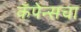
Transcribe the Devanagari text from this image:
कँपेन्सचा